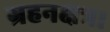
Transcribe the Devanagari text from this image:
ग्रहनक्षत्र।